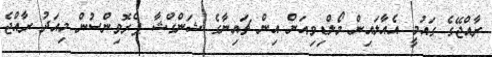
ރާއްޖޭގެ ގައުމީ އެއާލައިން މޯލްޑިވިއަން އިން ޗައިނާގެ ޝަންގްޝާ ޕްރޮވިންސުން މިއަދު ރާއްޖެ